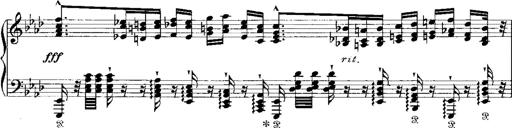
Title: Miserere du Trovatore
Composer: Franz Liszt